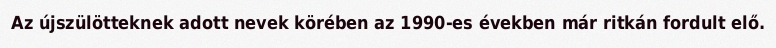
Az újszülötteknek adott nevek körében az 1990-es években már ritkán fordult elő.